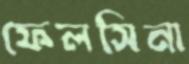
ফেলসিনা